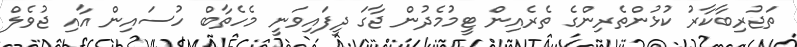
ތަޖުރިބާކާރު ކުޅުންތެރިންގެ ތެރެއިން ޓީމުމެދުން ޖާގަ ދީފައިވަނީ މެހެތާބް ހުސައިން އާއި ޖުވެލް